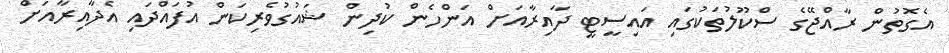
އެގޮތުން ރާއްޖޭގެ ސްކޫލުތަކުގައި އައިސީޓީ ދާއިރާއަށް އަންހެން ކުދިން ޝައުގުވެރިކަން އުފައްދައި އެދާއިރާއަށް